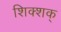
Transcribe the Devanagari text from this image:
शिक्शक्